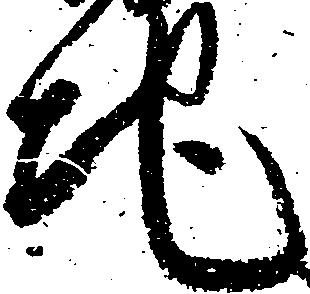
地